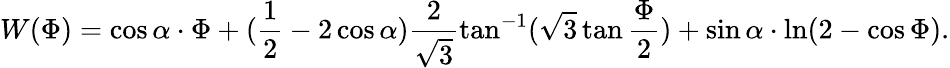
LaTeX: W(\Phi)=\cos\alpha\cdot\Phi+(\frac{1}{2}-2\cos\alpha)\frac{2}{\sqrt{3}}\tan^{-1}(\sqrt{3}\tan\frac{\Phi}{2})+\sin\alpha\cdot\ln(2-\cos\Phi).